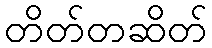
တိတ်တဆိတ်